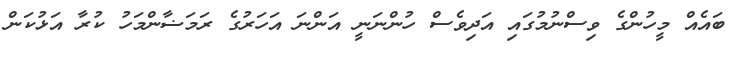
ބައެއް މީހުންގެ ވިސްނުމުގައި އަދިވެސް ހުންނަނީ އަންނަ އަހަރުގެ ރަމަޟާންމަހު ކުރާ އަޅުކަން